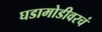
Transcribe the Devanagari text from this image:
घडामोडीवरचं